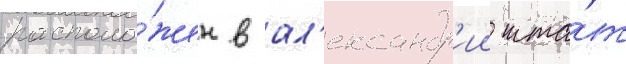
располо́жен в ал'ександр'ии шта́т